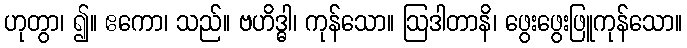
ဟုတွာ၊ ၍။ ဧကော၊ သည်။ ဗဟိဒ္ဓါ၊ ကုန်သော။ ဩဒါတာနိ၊ ဖွေးဖွေးဖြူကုန်သော။